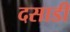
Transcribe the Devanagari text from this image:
दसाडी